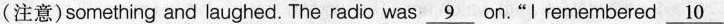
(注意)something and laughed. The radio was \underline{9} on."I remembered \underline{10}